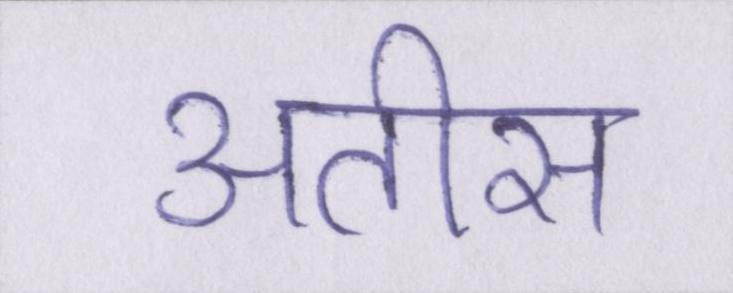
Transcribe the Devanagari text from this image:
अतीस